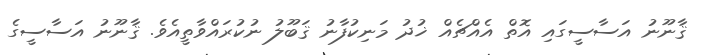
ޤާނޫނު އަސާސީގައި އޮތް އެއްޗެއް ޚުދު މަނިކުފާނު ޤަބޫލު ނުކުރައްވާތީއެވެ. ޤާނޫނު އަސާސީގެ